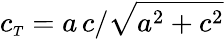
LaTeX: c_{\scriptscriptstyle T}=a\, c/\sqrt{a^{2}+c^{2}}